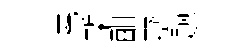
澆槧酣墅题